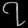
Digit: ၇